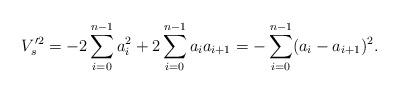
LaTeX: \begin{align*}V_s'^2=-2\sum_{i=0}^{n-1}a_i^2+2\sum_{i=0}^{n-1}a_ia_{i+1}=-\sum_{i=0}^{n-1}(a_i-a_{i+1})^2.\end{align*}